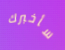
سأخبرك